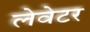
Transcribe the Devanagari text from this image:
लेवेटर